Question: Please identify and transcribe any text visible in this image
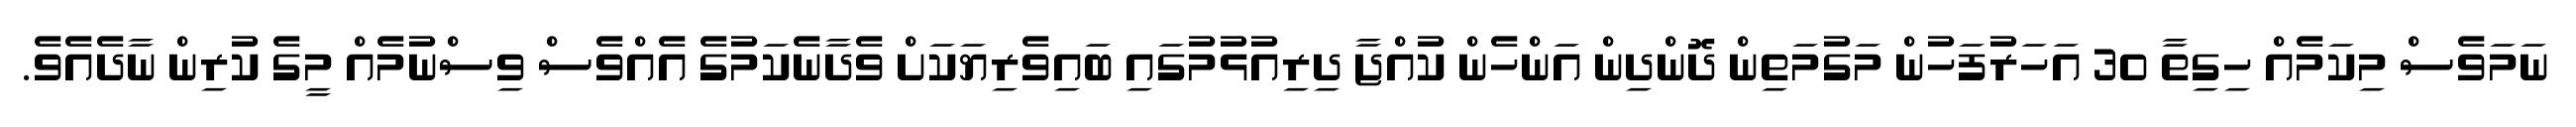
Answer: ނަމަވެސް މިކަމެއް ހިގިތާ 30 އަހަރުފަހުން މަގުމަތިން ދޮންދިން އަންހެން ކުއްޖާ ދިރިއުޅުމުގައި ބައިވެރިޔަކަށް ވެދާނެކަމުގެ އެއްވެސް ވިސްނުމެއް މީގެ ކުރިން ނާދެއެވެ.